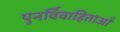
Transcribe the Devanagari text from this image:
पुनर्विवाहिताओं